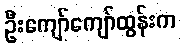
ဦးကျော်ကျော်ထွန်းက